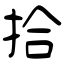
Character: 拾